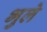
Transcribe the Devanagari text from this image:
भुले